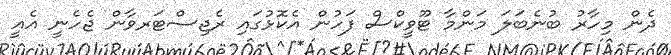
ދެން މިހާރު ބުނެބަލަ މަންމާ ޓޫވީކްސް ފަހުން އެކޮޅުގައި ރެޖިސްޓަރވާން ޖެހެނީ އެއީ